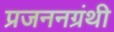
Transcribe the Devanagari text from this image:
प्रजननग्रंथी